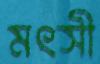
মৎসী